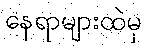
နေရာများထဲမှ